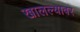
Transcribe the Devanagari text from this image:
खालल्यावर